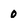
Character: 0